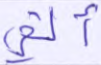
ألقي